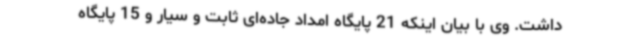
داشت. وی با بیان اینکه 21 پایگاه امداد جاده‌ای ثابت و سیار و 15 پایگاه